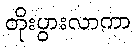
တိုးပွားလာကာ